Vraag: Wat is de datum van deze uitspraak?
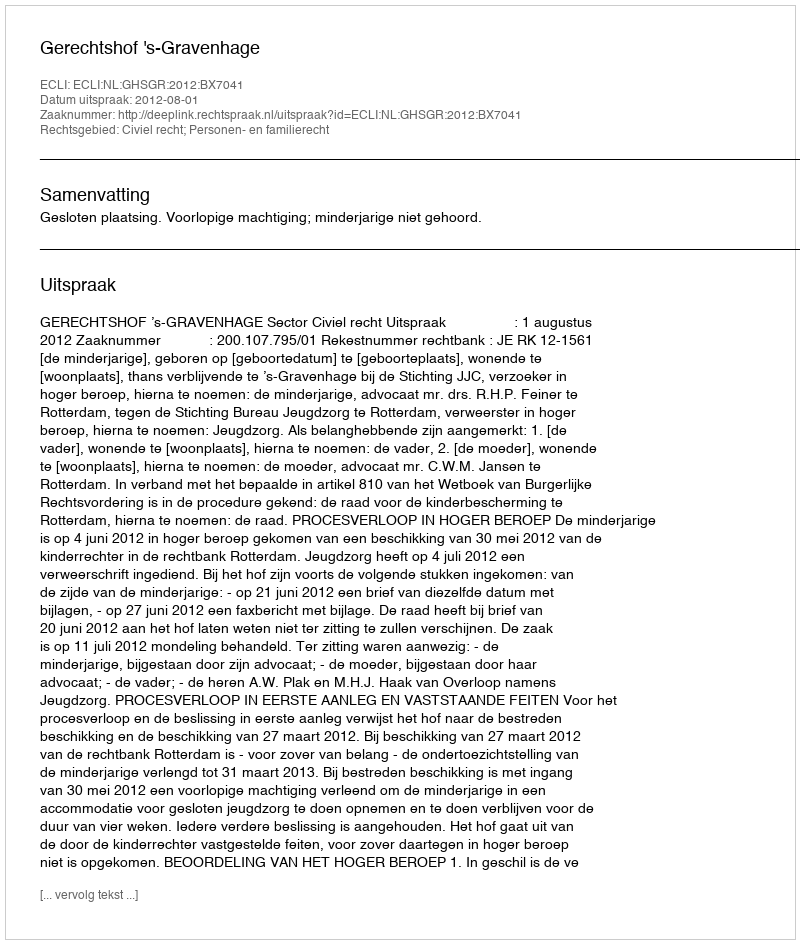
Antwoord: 2012-08-01